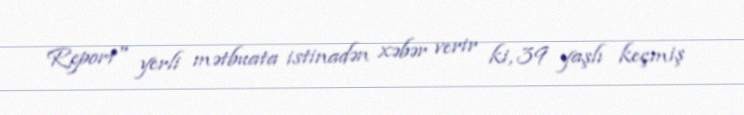
Report" yerli mətbuata istinadən xəbər verir ki, 39 yaşlı keçmiş